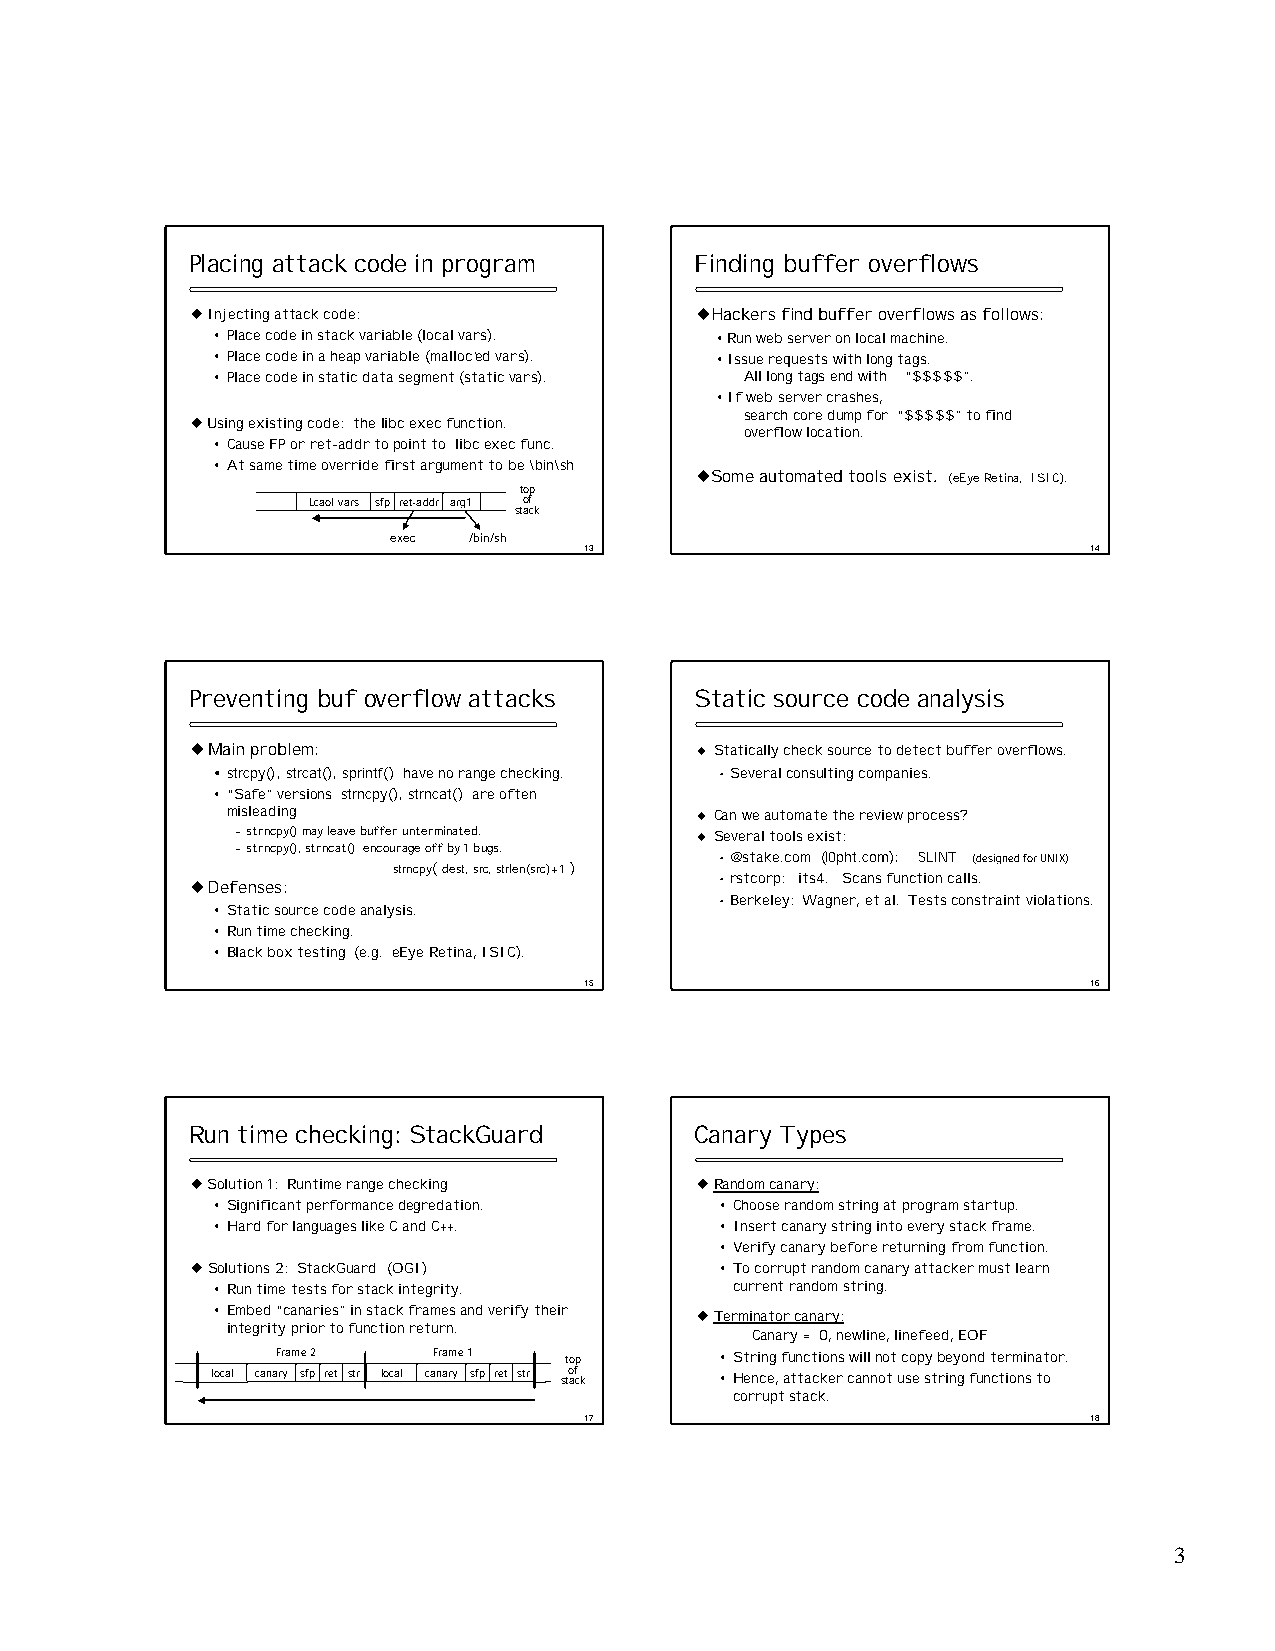
Placing attack code in program    Finding buffer overflows
 uInjecting attack code:          uHackers find buffer overflows as follows:
 • Place code in stack variable (localvars). •Run web server on local machine.
 • Place code in a heap variable (malloc’ed vars). •Issue requests with long tags.
 • Place code in static data segment (staticvars). All long tags end with “$$$$$”.
 •If web server crashes,
 search core dump for “$$$$$” to find
 uUsing existing code: the libc exec function.
 overflow location.
 • Cause FP or ret-addr to point to libc exec func.
 • At same time override first argument to be \bin\sh
 uSome automated tools exist. (eEye Retina, ISIC).
 top
 Lcaol vars sfp ret-addr arg1 of
 stack
 exec /bin/sh
 13                               14
 Preventing buf overflow attacks   Static source code analysis
 uMain problem:                   u Statically check source to detect buffer overflows.
 •strcpy(), strcat(), sprintf() have no range checking. •Several consulting companies.
 • “Safe” versions strncpy(), strncat() are often
 misleading                     u Can we automate the review process?
 –strncpy() may leave buffer unterminated. u Several tools exist:
 –strncpy(), strncat() encourage off by 1 bugs.
 •@stake.com (l0pht.com): SLINT (designed for UNIX)
 strncpy(dest, src, strlen(src)+1 )
 uDefenses:
 •rstcorp: its4. Scans function calls.
 •Berkeley: Wagner, et al. Tests constraint violations.
 • Static source code analysis.
 • Run time checking.
 • Black box testing (e.g. eEye Retina, ISIC).
 15                               16
 Run time checking: StackGuard     Canary Types
 uSolution 1: Runtime range checking uRandom canary:
 • Significant performance degredation. • Choose random string at program startup.
 • Hard for languages like C and C++. • Insert canary string into every stack frame.
 • Verify canary before returning from function.
 uSolutions 2: StackGuard (OGI)     • To corrupt random canary attacker must learn
 • Run time tests for stack integrity. current random string.
 • Embed “canaries” in stack frames and verify their uTerminator canary:
 integrity prior to function return.
 Canary = 0, newline, linefeed, EOF
 Frame 2    Frame 1 top        • String functions will not copy beyond terminator.
 local canary sfp ret str local canary sfp ret str sto af ck • Hence, attacker cannot use string functions to
 corrupt stack.
 17                               18
 3